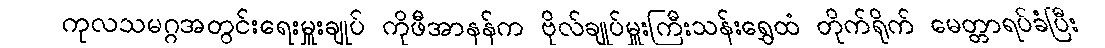
ကုလသမဂ္ဂအတွင်းရေးမှူးချုပ် ကိုဖီအာနန်က ဗိုလ်ချုပ်မှူးကြီးသန်းရွှေထံ တိုက်ရိုက် မေတ္တာရပ်ခံပြီး